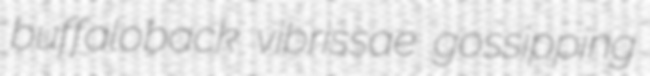
buffaloback vibrissae gossipping